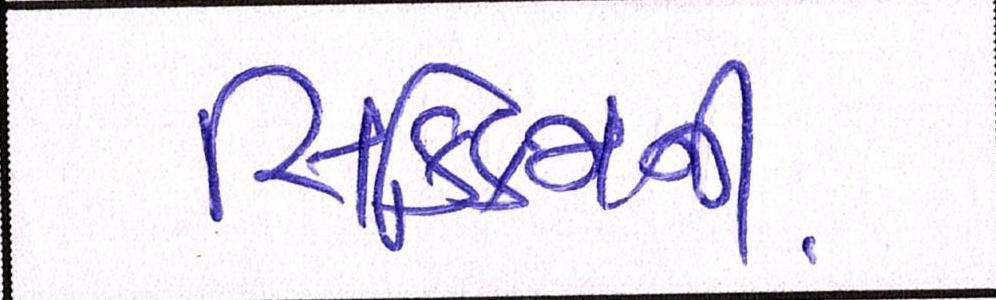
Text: સિક્કિમની